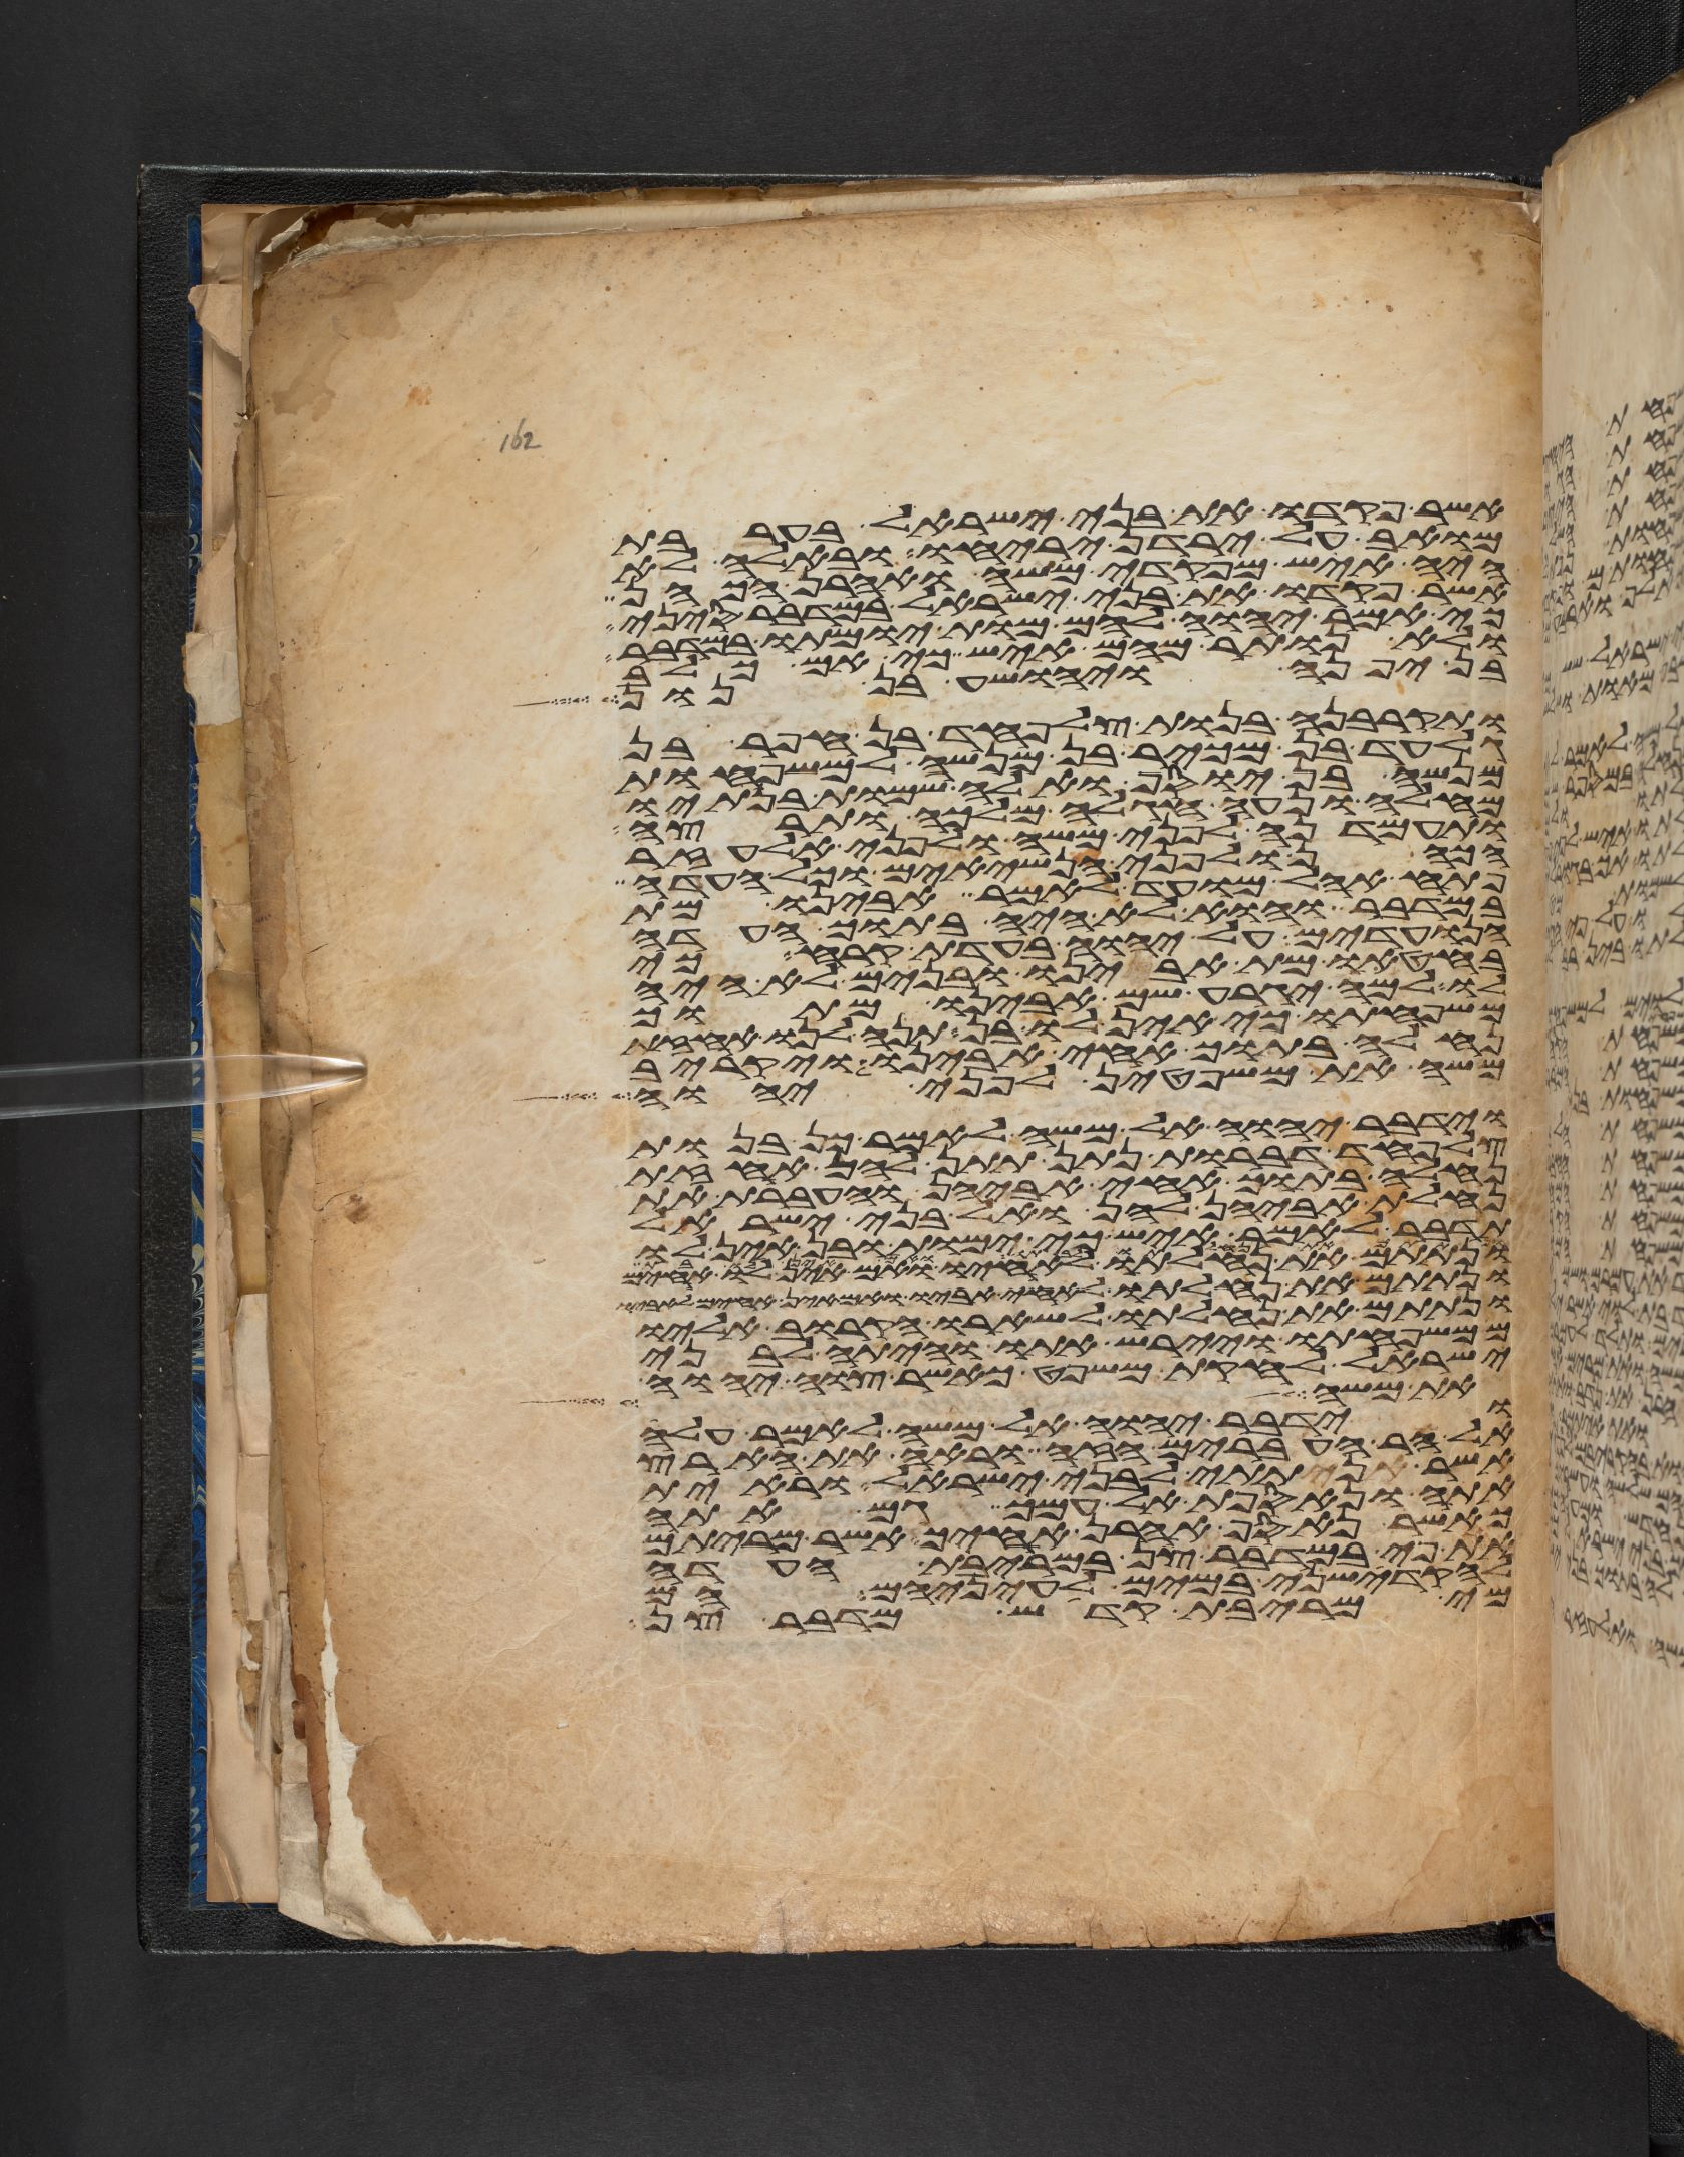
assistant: אשר פקדו את בני ישראל בערבת
מואב על ירדן יריחו ובאלה לא
היה איש מפקדי משה ואהרן הכהן
אשר פקדו את בני ישראל במדבר סיני
כי אמר יהוה להם מות ימותו במדבר
ולא נותר מהם איש כי אם כלב
בן יפנה ויהושע בן נון
ותקרבנה בנות צלפחד בן חפר בן
גלעד בן מכיר בן מנשה למשפחות
מנשה בן יוסף ואלה שמות בנתיו
מחלה ונעה חגלה מלכה ותרצה
ותעמדנה לפני משה ולפני אלעזר
הכהן ולפני הנשיאים וכל העדה
פתח אהל מועד לאמר אבינו מת
במדבר והוא לא היה בתוך העדה
הנועדים על יהוה בעדת קרח כי
בחטאו מת אבינו ובנים לא היה
לו למה יגרע שם אבינו מתוך
משפחתו כי אין לו בן תנו לנו אחזת
נחלה בתוך אחי אבינו ויקרב
משה את משפטן לפני יהוה
וידבר יהוה אל משה לאמר כן בנות
צלפחד דברות נתן תתן להן אחזת
נחלה בתוך אחי אביהן והעברת את
נחלת אביהן להן ואל בני ישראל
תדבר לאמר איש כי ימות ובן אין לו
ונתתם את נחלתו לאחיו ואם אין לו אחים
ונתתם את נחלתו לאחי אביו ואם אין אחים לאביו
ונתתם את נחלתו לשארו הקרוב אליו
ממשפחתו ויירש אתו והיתה לבני
ישראל לחקת משפט כאשר צוה יהוה
את משה בין איש
וידבר יהוה אל משה לאמר עלה
אל הר העברים הזה וראה את הארץ
אשר נתתי לבני ישראל וראית
אתה ונאספת אל עמך גם אתה
כאשר נאסף אהרן אחיך אשר מריתם
את פיי במדבר צן במריבת העדה
להקדישני במים לעיניהם הם
מי מריבת קדש מדבר צן